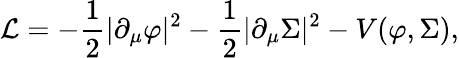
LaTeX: {\cal L}=-{\frac{1}{2}}|\partial_{\mu}\varphi|^{2}-{\frac{1}{2}}|\partial_{\mu}\Sigma|^{2}-V(\varphi,\Sigma),